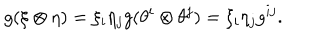
LaTeX: g ( \xi \otimes \eta ) = \xi _ { i } \eta _ { j } g ( \theta ^ { i } \otimes \theta ^ { j } ) = \xi _ { i } \eta _ { j } g ^ { i j } .